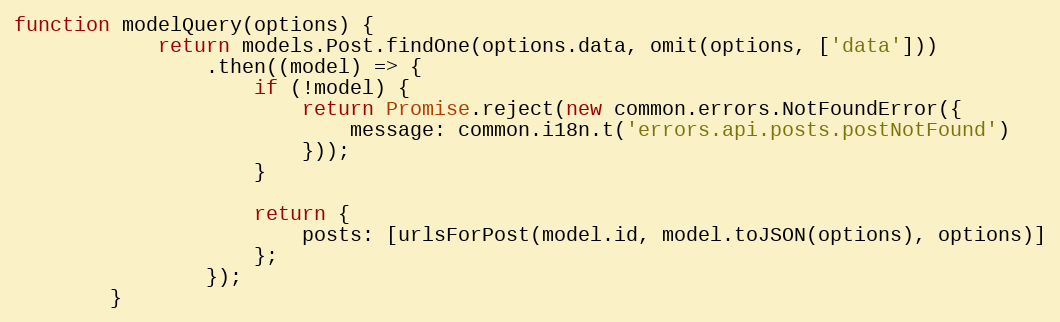
Language: JavaScript
function modelQuery(options) {
            return models.Post.findOne(options.data, omit(options, ['data']))
                .then((model) => {
                    if (!model) {
                        return Promise.reject(new common.errors.NotFoundError({
                            message: common.i18n.t('errors.api.posts.postNotFound')
                        }));
                    }

                    return {
                        posts: [urlsForPost(model.id, model.toJSON(options), options)]
                    };
                });
        }